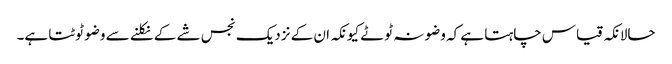
حالانکہ قیاس چاہتا ہے کہ وضو نہ ٹوٹے کیونکہ ان کے نزدیک نجس شے کے نکلنے سے وضو ٹوٹتا ہے۔